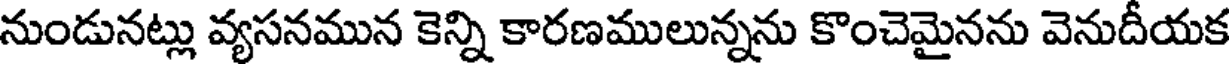
నుండునట్లు వ్యసనమున కెన్ని కారణములున్నను కొంచెమైనను వెనుదీయక